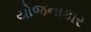
યોજનાકાર